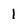
Character: 1